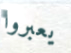
يعبروا